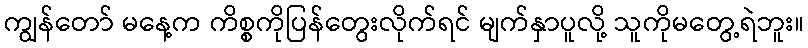
ကျွန်တော် မနေ့က ကိစ္စကိုပြန်တွေးလိုက်ရင် မျက်နှာပူလို့ သူကိုမတွေ့ရဲဘူး။